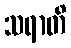
သရာတိ